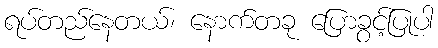
ရပ်တည်နေတယ်၊ နောက်တခု ပြောခွင့်ပြုပါ